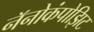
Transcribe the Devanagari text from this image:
नॅनोकंपोझिट